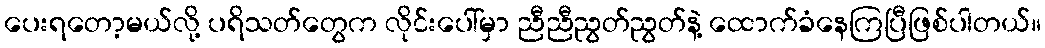
ပေးရတော့မယ်လို့ ပရိသတ်တွေက လိုင်းပေါ်မှာ ညီညီညွတ်ညွတ်နဲ့ ထောက်ခံနေကြပြီဖြစ်ပါတယ်။